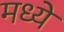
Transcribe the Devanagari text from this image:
मध्येे